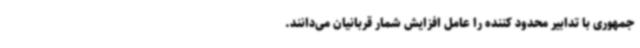
جمهوری با تدابیر محدود کننده را عامل افزایش شمار قربانیان می‌دانند.